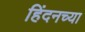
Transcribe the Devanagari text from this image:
हिंदनच्या